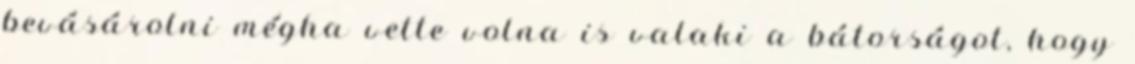
bevásárolni mégha vette volna is valaki a bátorságot, hogy